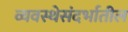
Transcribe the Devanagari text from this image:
व्यवस्थेसंदर्भातील